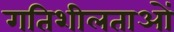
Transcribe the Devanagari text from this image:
गतिशीलताओं